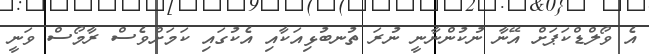
އެ ވޯލްޑްކަޕަށް އޭނާ ނުކުންނާނީ ނުރަ ތުނބުޅިއަކާއި އެކުގައި ކަމަށްވެސް ރާމޯސް ވަނީ